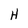
Character: H